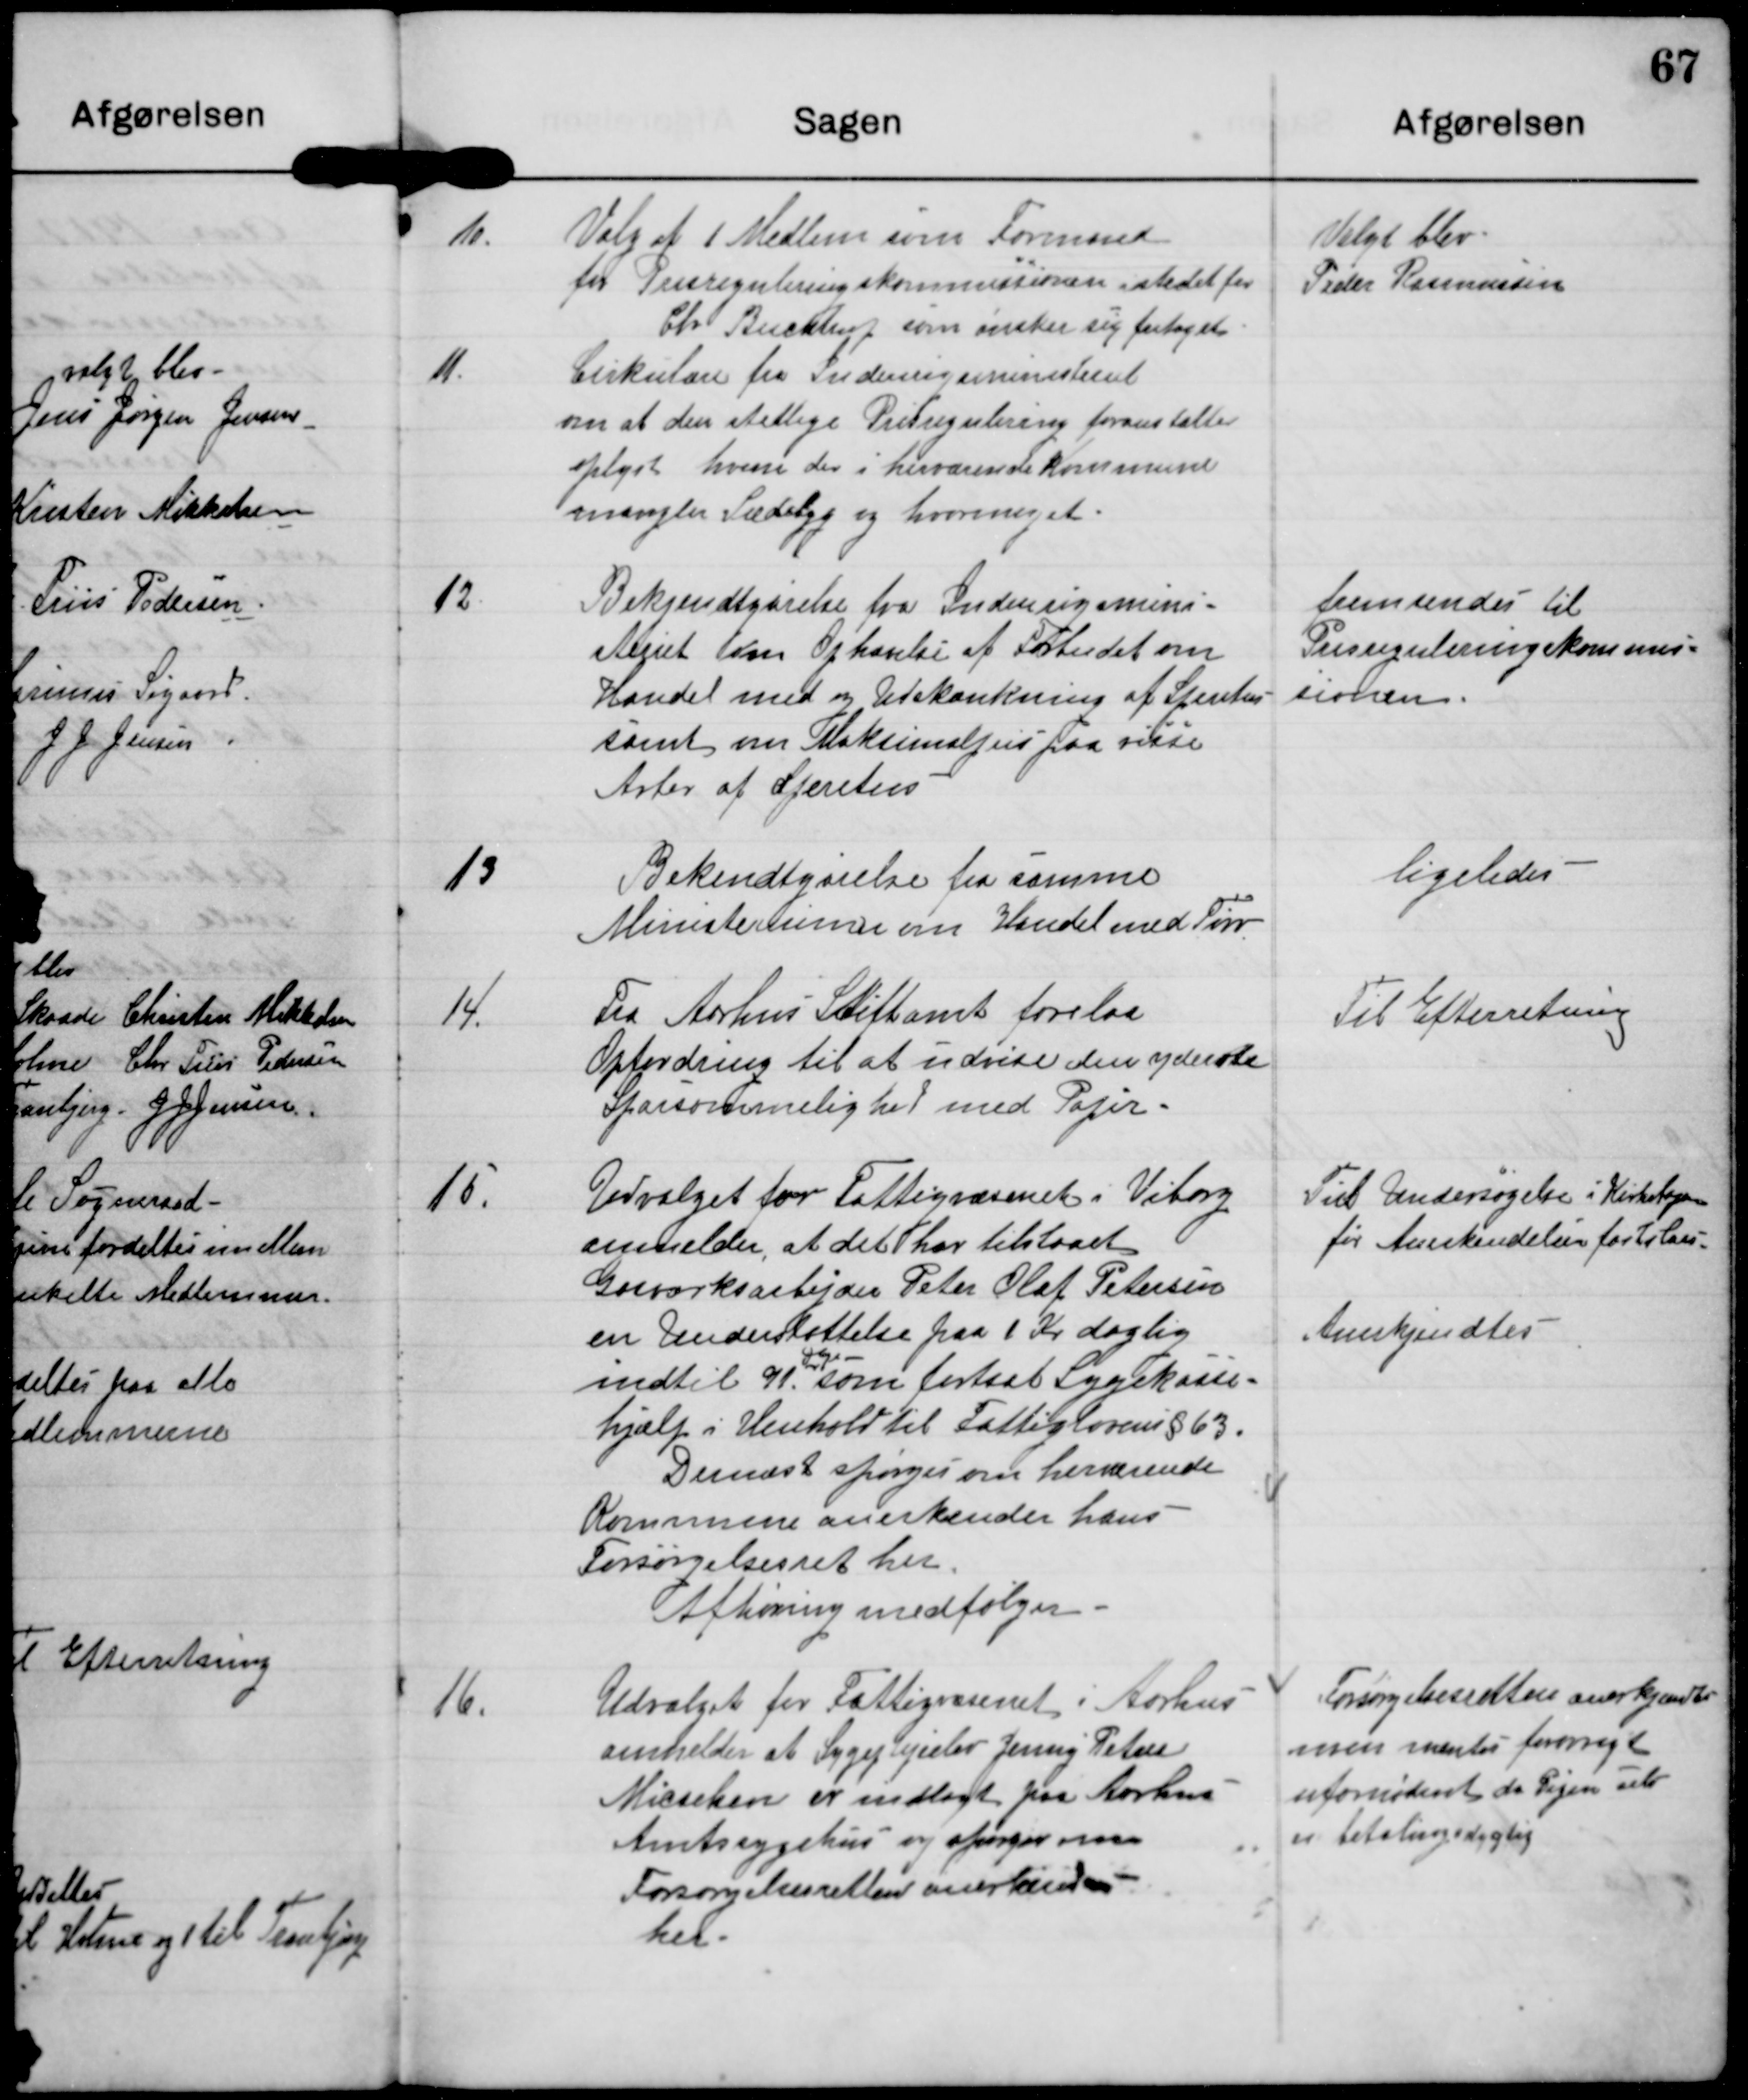
Transskription:
10. Valg af 1 Medlem som Formand
for Prisreguleringskommissionen i stedet for
Chr Buchtrup, som ønsker sig fritaget.

Valgt blev
Peder Rasmussen

11. Cirkulære fra Indenrigsministeriet
om at den stedlige Prisregulering foranstalter
oplyst hvem der i herværende Kommune
mangler Sædebyg og hvormeget.

12. Bekjendtgørelse fra Indenrigsmini-
steriet om Ophævelse af Forbudet om
Handel med og Udskænkning af Spiritus
samt om Maksimalpris paa visse
Arter af Spiritus

fremsendes til
Prisreguleringskommis-
sionen.

13 Bekendtgørelse fra samme
Ministerium om Handel med Tørv

ligeledes

14. Fra Aarhus Stiftakt forelaa
Opfordring til at udvise den yderste
Sparsommelighed med Papir.

Til Efterretning

15. Udvalget for Fattigvæsenet i Viborg
anmelder, at det har tilstaaet
Gasværksarbejder Peter Olaf Petersen
en Understøttelse paa 1 Kr daglig
indtil 91. som fortsat Sygekasse-
hjælp i Henhold til Fattiglovens §63.
Dernæst spørges om herværende
Kommune anerkender hans
Forsørgelsesret her.
Afhøring medfølger

Til Undersøgelse i Kirkebogen
for Anerkendelsen fastslaaes.
Anerkjendtes

16. Udvalget for Fattigvæsenet i Aarhus
anmelder at Sygeplejeelev Jenny Petrea
Nicselsen er indlagt paa Aarhus
Amtssygehus og spørger om
Forsørgelsesretten anerkendes
her.

Forsørgelsesretten anerkjendes
men mentes for
ufornødent da Pigen selv
er betalingsdygtig